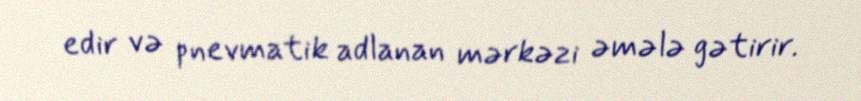
edir və pnevmatik adlanan mərkəzi əmələ gətirir.